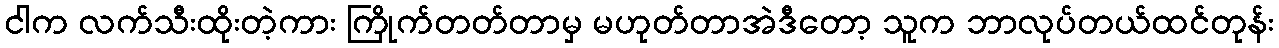
ငါက လက်သီးထိုးတဲ့ကား ကြိုက်တတ်တာမှ မဟုတ်တာအဲဒီတော့ သူက ဘာလုပ်တယ်ထင်တုန်း